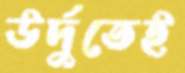
উর্দুতেই